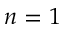
n = 1